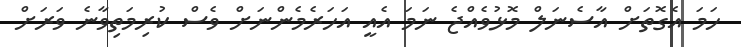
ހަަމަ އެގޮތަށް އާސެނަލް މޮޅުވެއްޖެ ނަމަ އެއީ އަހަރެމެންނަށް ވެސް ކުރިމަތިވާނެ ވަރަށް